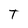
Character: T